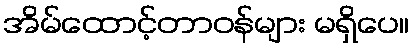
အိမ်ထောင့်တာဝန်များ မရှိပေ။